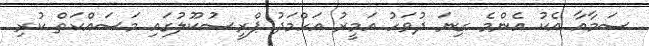
ސަމާއާ އެކު އެންމެ ގިނަ ދުވަހު އަމީރު އަހްމަދު ޕްރީސުކޫލުގައި މަސައްކަތް ކުރި